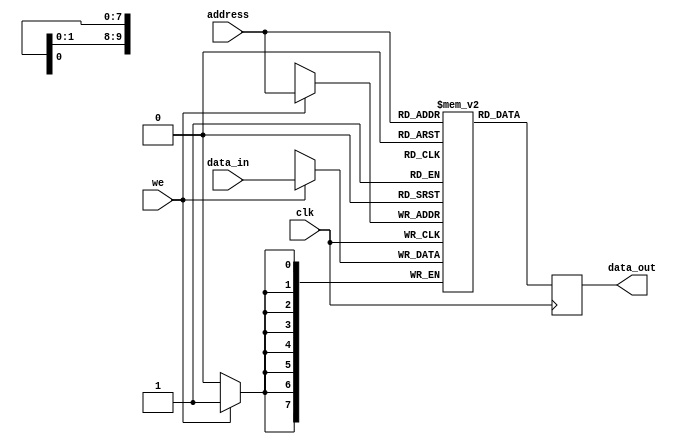

module sram (
    input wire clk,              // Clock input
    input wire we,               // Write enable
    input wire [9:0] address,    // 10-bit address (1KB SRAM)
    input wire [7:0] data_in,    // 8-bit data input
    output reg [7:0] data_out    // 8-bit data output
);

// Define memory array
reg [7:0] memory_array [1023:0];

// Read and write operations
always @(posedge clk) begin
    if (we) begin
        memory_array[address] <= data_in;
    end
    data_out <= memory_array[address];
end

endmodule